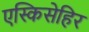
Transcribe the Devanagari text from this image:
एस्किसेहिर